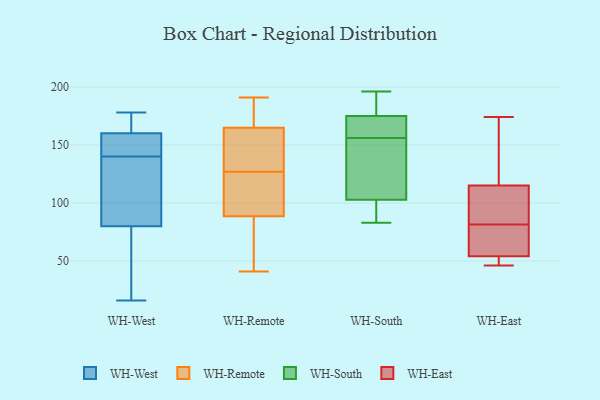
{"axis": {"x": "Satisfaction Score", "y": "Value"}, "legend": ["WH-East", "WH-Remote", "WH-South", "WH-West"], "data": [{"x": "", "y": 156, "type": "WH-West"}, {"x": "", "y": 113, "type": "WH-West"}, {"x": "", "y": 44, "type": "WH-West"}, {"x": "", "y": 149, "type": "WH-West"}, {"x": "", "y": 140, "type": "WH-West"}, {"x": "", "y": 164, "type": "WH-West"}, {"x": "", "y": 178, "type": "WH-West"}, {"x": "", "y": 160, "type": "WH-West"}, {"x": "", "y": 160, "type": "WH-West"}, {"x": "", "y": 137, "type": "WH-West"}, {"x": "", "y": 24, "type": "WH-West"}, {"x": "", "y": 16, "type": "WH-West"}, {"x": "", "y": 92, "type": "WH-West"}, {"x": "", "y": 129, "type": "WH-Remote"}, {"x": "", "y": 179, "type": "WH-Remote"}, {"x": "", "y": 160, "type": "WH-Remote"}, {"x": "", "y": 183, "type": "WH-Remote"}, {"x": "", "y": 73, "type": "WH-Remote"}, {"x": "", "y": 92, "type": "WH-Remote"}, {"x": "", "y": 101, "type": "WH-Remote"}, {"x": "", "y": 191, "type": "WH-Remote"}, {"x": "", "y": 91, "type": "WH-Remote"}, {"x": "", "y": 145, "type": "WH-Remote"}, {"x": "", "y": 41, "type": "WH-Remote"}, {"x": "", "y": 81, "type": "WH-Remote"}, {"x": "", "y": 127, "type": "WH-Remote"}, {"x": "", "y": 83, "type": "WH-South"}, {"x": "", "y": 90, "type": "WH-South"}, {"x": "", "y": 156, "type": "WH-South"}, {"x": "", "y": 153, "type": "WH-South"}, {"x": "", "y": 166, "type": "WH-South"}, {"x": "", "y": 135, "type": "WH-South"}, {"x": "", "y": 184, "type": "WH-South"}, {"x": "", "y": 196, "type": "WH-South"}, {"x": "", "y": 172, "type": "WH-South"}, {"x": "", "y": 92, "type": "WH-South"}, {"x": "", "y": 176, "type": "WH-South"}, {"x": "", "y": 86, "type": "WH-East"}, {"x": "", "y": 135, "type": "WH-East"}, {"x": "", "y": 77, "type": "WH-East"}, {"x": "", "y": 62, "type": "WH-East"}, {"x": "", "y": 54, "type": "WH-East"}, {"x": "", "y": 53, "type": "WH-East"}, {"x": "", "y": 95, "type": "WH-East"}, {"x": "", "y": 174, "type": "WH-East"}, {"x": "", "y": 115, "type": "WH-East"}, {"x": "", "y": 46, "type": "WH-East"}]}